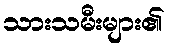
သားသမီးများ၏